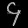
Digit: ၄